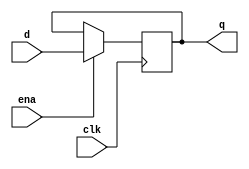
module D_reg_32

#(
	parameter WIDTH = 32
)

(
input ena,
input clk,
input [WIDTH - 1 : 0] d,
output reg [WIDTH - 1 : 0] q
);

always @ (posedge clk)
if (ena)
	q <= d;
 
endmodule